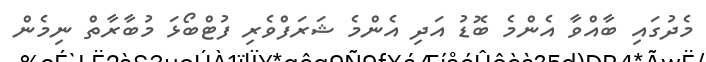
މެދުގައި ބާއްވާ އެންމެ ބޮޑު އަދި އެންމެ ޝަރަފްވެރި ފުޓްބޯޅަ މުބާރާތް ނިމެން